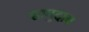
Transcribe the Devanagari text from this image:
सामुदाय